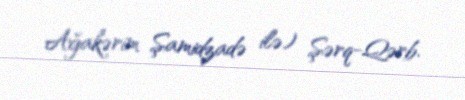
Ağakərim Şamidzadə ilə) Şərq-Qərb.